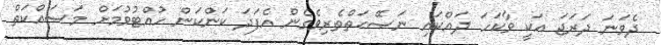
ދެވަނަ ދަރަޖަ އަކީ ވާކަހަ ދައްކައި ނަޞޭޙަތްތެރިވެގެން އެފަދަ ކަންކަން ހުއްޓުވުމަށް މަސައްކަތް